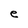
Character: e